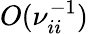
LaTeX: O(\nu_{ii}^{-1})